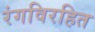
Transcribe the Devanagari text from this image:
रंगविरहित